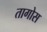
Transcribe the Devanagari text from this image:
तागोस